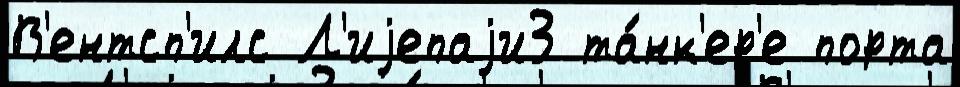
В'ентсп'илс Л'иjепаjи3 та́нк'ер'е порта